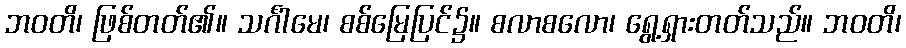
ဘဝတိ၊ ဖြစ်တတ်၏။ သင်္ဂါမေ၊ စစ်မြေပြင်၌။ စလာစလော၊ ရွေ့ရှားတတ်သည်။ ဘဝတိ၊